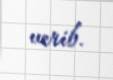
verib.